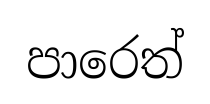
පාරෙත්